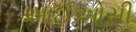
આઈઓસી